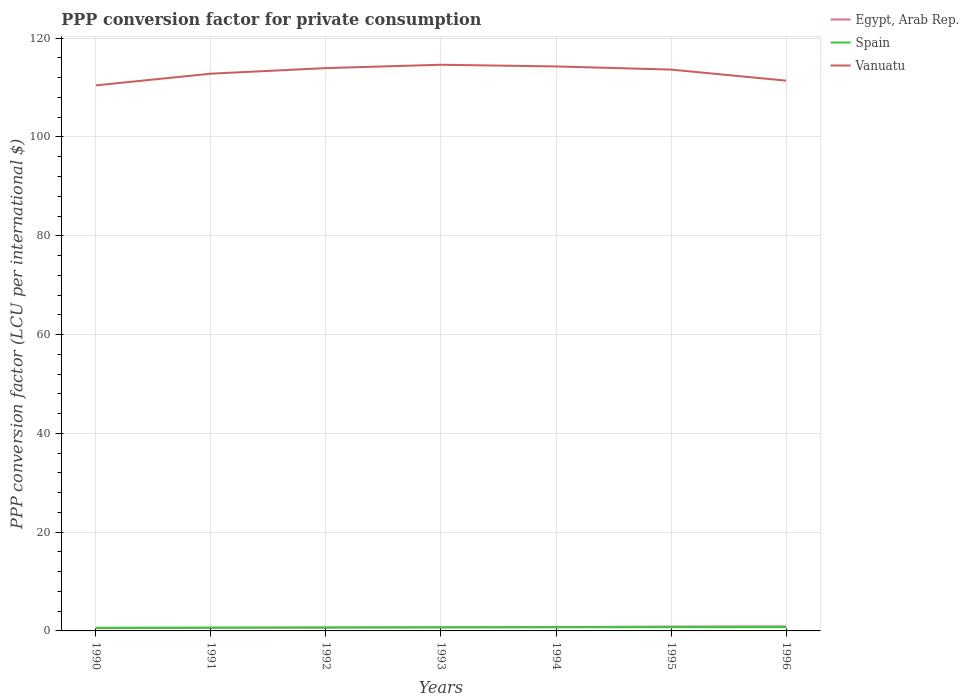
| Years | Egypt, Arab Rep. | Spain | Vanuatu |
 | --- | --- | --- | --- |
 | 1990 | 0.54 | 0.649 | 110 |
 | 1991 | 0.62 | 0.669 | 113 |
 | 1992 | 0.684 | 0.695 | 114 |
 | 1993 | 0.745 | 0.714 | 115 |
 | 1994 | 0.785 | 0.733 | 114 |
 | 1995 | 0.884 | 0.753 | 114 |
 | 1996 | 0.921 | 0.764 | 111 |